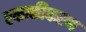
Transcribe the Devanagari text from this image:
एकाकीकरण